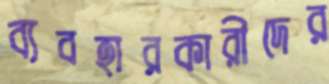
ব্যবহারকারীদের